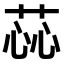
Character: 𫈝